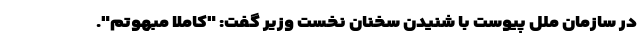
در سازمان ملل پیوست با شنیدن سخنان نخست وزیر گفت: "کاملا مبهوتم".